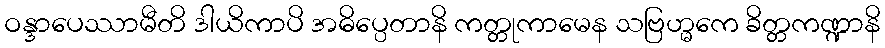
ဝန္ဒာပေဿာမီတိ ဒါယိကာပိ အဓိပ္ပေတာနိ ကတ္တုကာမေန သဗြဟ္မကေ ခိတ္တကဏ္ဍာနိ